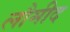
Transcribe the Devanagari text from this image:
लौमीद